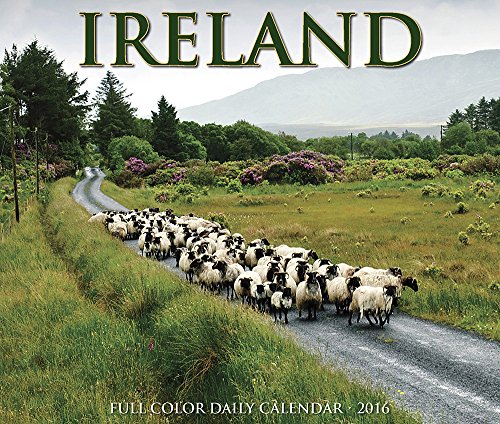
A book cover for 2016 Ireland  Box Calendar; Willow Creek Press; Travel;